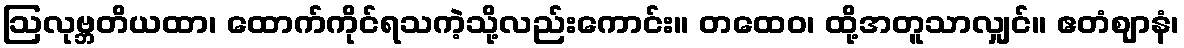
ဩလုဗ္ဘတိယထာ၊ ထောက်ကိုင်ရသကဲ့သို့လည်းကောင်း။ တထေဝ၊ ထို့အတူသာလျှင်။ ဧတံဈာနံ၊